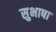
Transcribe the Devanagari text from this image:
सुभाषा